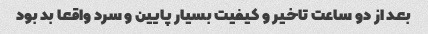
بعد از دو ساعت تاخیر و کیفیت بسیار پایین و سرد واقعا بد بود